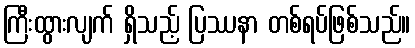
ကြီးထွားလျက် ရှိသည့် ပြဿနာ တစ်ရပ်ဖြစ်သည်။